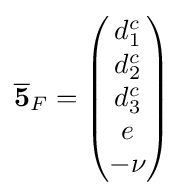
{\overline {\mathbf {5} }}_{F}={\begin{pmatrix}d_{1}^{c}\\d_{2}^{c}\\d_{3}^{c}\\e\\-\nu \end{pmatrix}}